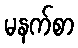
မနက်စာ